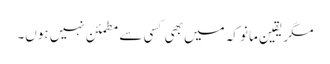
مگر یقین مانو کہ میں بھی کسی سے مطمئن نہیں ہوں۔